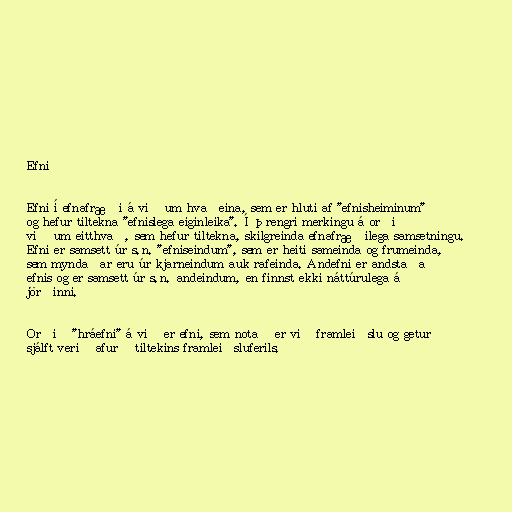
Efni

Efni í efnafræði á við um hvaðeina, sem er hluti af "efnisheiminum"
og hefur tiltekna "efnislega eiginleika". Í þrengri merkingu á orðið
við um eitthvað, sem hefur tiltekna, skilgreinda efnafræðilega samsetningu.
Efni er samsett úr s.n. "efniseindum", sem er heiti sameinda og frumeinda,
sem myndaðar eru úr kjarneindum auk rafeinda. Andefni er andstaða
efnis og er samsett úr s.n. andeindum, en finnst ekki náttúrulega á
jörðinni.

Orðið "hráefni" á við er efni, sem notað er við framleiðslu og getur
sjálft verið afurð tiltekins framleiðsluferils.